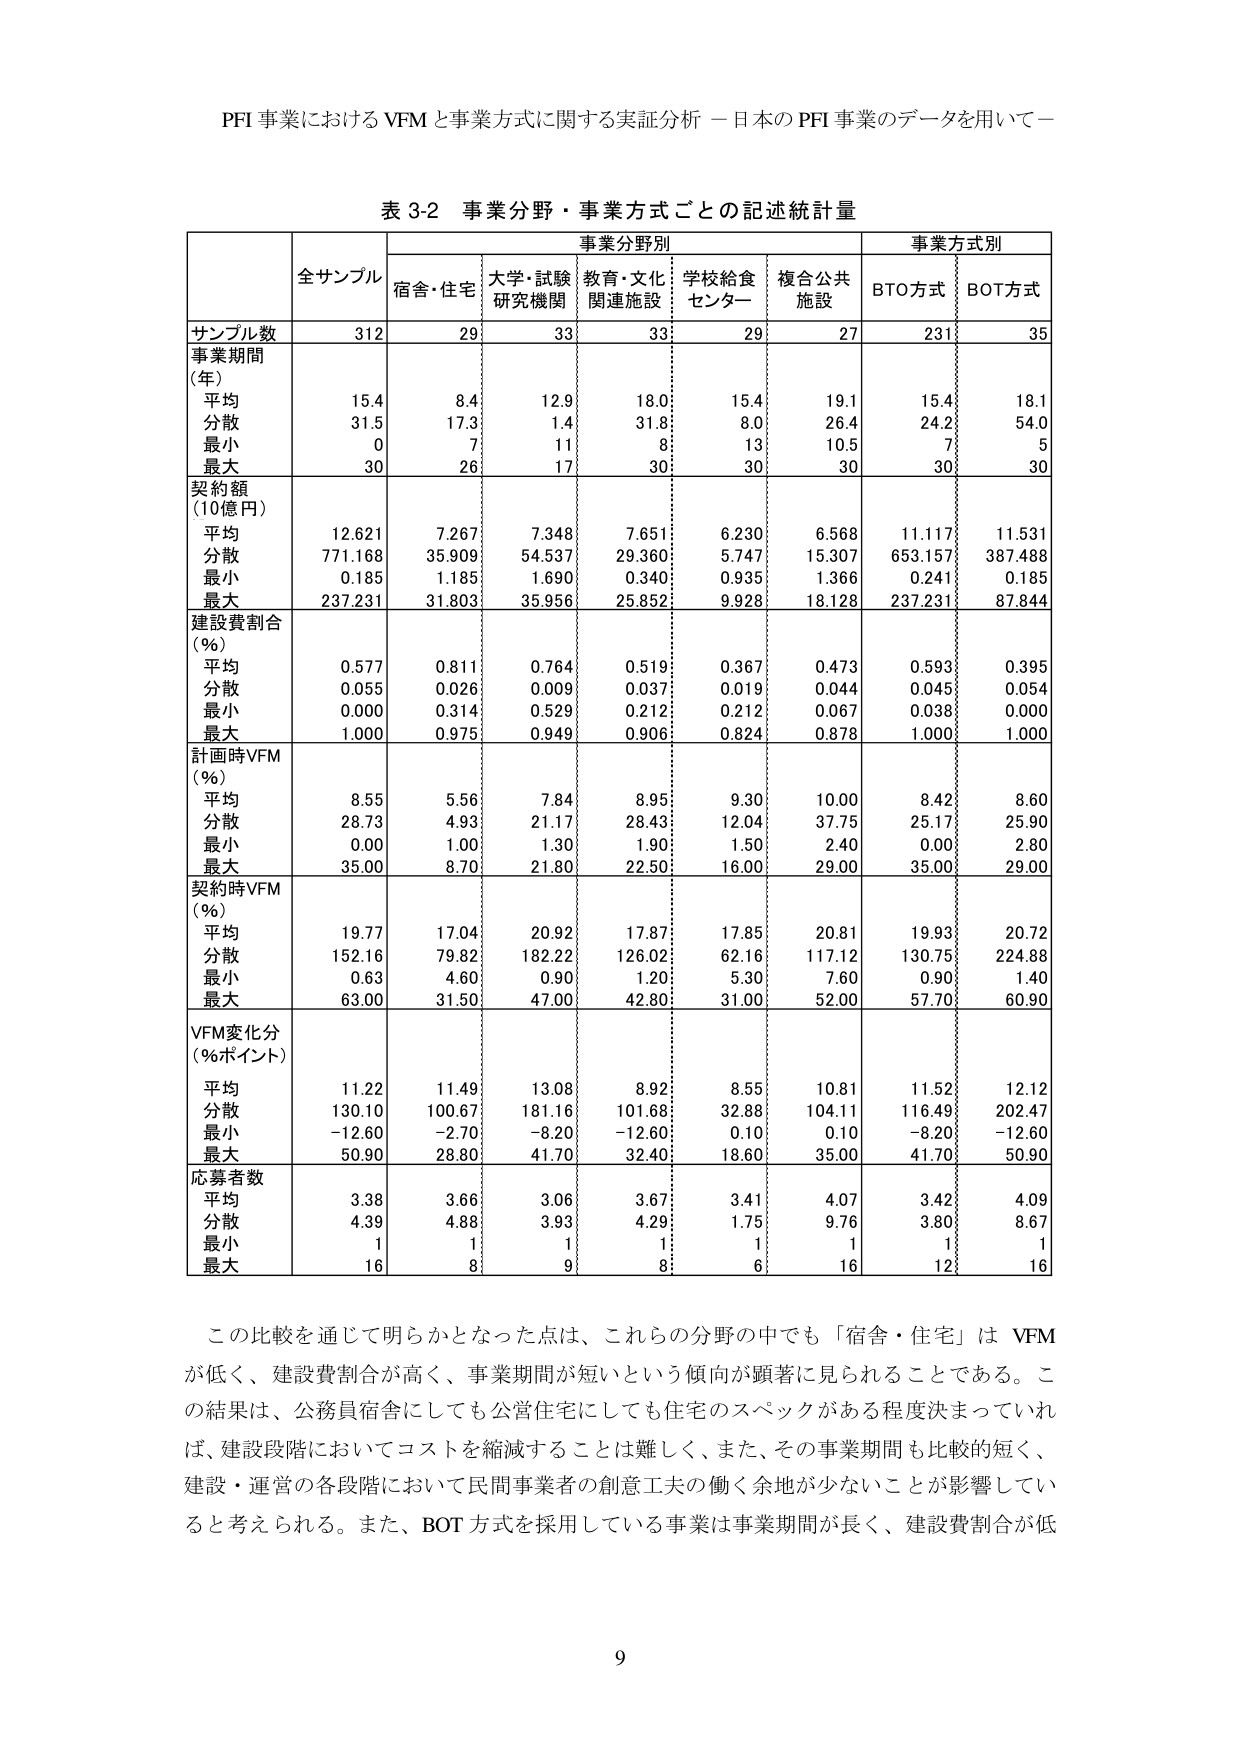
PFI 事業における VFM と事業方式に関する実証分析 －日本の PFI 事業のデータを用いて－

表 3-2 事業分野・事業方式ごとの記述統計量

| | 全サンプル | 事業分野別 | | | | | 事業方式別 | |
|---|---|---|---|---|---|---|---|---|---|
| | | 宿舎・住宅 | 大学・試験研究機関 | 教育・文化関連施設 | 学校給食センター | 複合公共施設 | BTO方式 | BOT方式 |
| サンプル数 | 312 | 29 | 33 | 33 | 29 | 27 | 231 | 35 |
| 事業期間 (年) | | | | | | | | |
| 平均 | 15.4 | 8.4 | 12.9 | 18.0 | 15.4 | 19.1 | 15.4 | 18.1 |
| 分散 | 31.5 | 17.3 | 1.4 | 31.8 | 8.0 | 26.4 | 24.2 | 54.0 |
| 最小 | 0 | 7 | 11 | 8 | 13 | 10.5 | 7 | 5 |
| 最大 | 30 | 26 | 17 | 30 | 30 | 30 | 30 | 30 |
| 契約額 (10億円) | | | | | | | | |
| 平均 | 12.621 | 7.267 | 7.348 | 7.651 | 6.230 | 6.568 | 11.117 | 11.531 |
| 分散 | 771.168 | 35.909 | 54.537 | 29.360 | 5.747 | 15.307 | 653.157 | 387.488 |
| 最小 | 0.185 | 1.185 | 1.690 | 0.340 | 0.935 | 1.366 | 0.241 | 0.185 |
| 最大 | 237.231 | 31.803 | 35.956 | 25.852 | 9.928 | 18.128 | 237.231 | 87.844 |
| 建設費割合 (%) | | | | | | | | |
| 平均 | 0.577 | 0.811 | 0.764 | 0.519 | 0.367 | 0.473 | 0.593 | 0.395 |
| 分散 | 0.055 | 0.026 | 0.009 | 0.037 | 0.019 | 0.044 | 0.045 | 0.054 |
| 最小 | 0.000 | 0.314 | 0.529 | 0.212 | 0.212 | 0.067 | 0.038 | 0.000 |
| 最大 | 1.000 | 0.975 | 0.949 | 0.906 | 0.824 | 0.878 | 1.000 | 1.000 |
| 計画時VFM (%) | | | | | | | | |
| 平均 | 8.55 | 5.56 | 7.84 | 8.95 | 9.30 | 10.00 | 8.42 | 8.60 |
| 分散 | 28.73 | 4.93 | 21.17 | 28.43 | 12.04 | 37.75 | 25.17 | 25.90 |
| 最小 | 0.00 | 1.00 | 1.30 | 1.90 | 1.50 | 2.40 | 0.00 | 2.80 |
| 最大 | 35.00 | 8.70 | 21.80 | 22.50 | 16.00 | 29.00 | 35.00 | 29.00 |
| 契約時VFM (%) | | | | | | | | |
| 平均 | 19.77 | 17.04 | 20.92 | 17.87 | 17.85 | 20.81 | 19.93 | 20.72 |
| 分散 | 152.16 | 79.82 | 182.22 | 126.02 | 62.16 | 117.12 | 130.75 | 224.88 |
| 最小 | 0.63 | 4.60 | 0.90 | 1.20 | 5.30 | 7.60 | 0.90 | 1.40 |
| 最大 | 63.00 | 31.50 | 47.00 | 42.80 | 31.00 | 52.00 | 57.70 | 60.90 |
| VFM変化分 (%ポイント) | | | | | | | | |
| 平均 | 11.22 | 11.49 | 13.08 | 8.92 | 8.55 | 10.81 | 11.52 | 12.12 |
| 分散 | 130.10 | 100.67 | 181.16 | 101.68 | 32.88 | 104.11 | 116.49 | 202.47 |
| 最小 | -12.60 | -2.70 | -8.20 | -12.60 | 0.10 | 0.10 | -8.20 | -12.60 |
| 最大 | 50.90 | 28.80 | 41.70 | 32.40 | 18.60 | 35.00 | 41.70 | 50.90 |
| 応募者数 | | | | | | | | |
| 平均 | 3.38 | 3.66 | 3.06 | 3.67 | 3.41 | 4.07 | 3.42 | 4.09 |
| 分散 | 4.39 | 4.88 | 3.93 | 4.29 | 1.75 | 9.76 | 3.80 | 8.67 |
| 最小 | 1 | 1 | 1 | 1 | 1 | 1 | 1 | 1 |
| 最大 | 16 | 8 | 9 | 8 | 6 | 16 | 12 | 16 |

この比較を通じて明らかとなった点は、これらの分野の中でも「宿舎・住宅」は VFM が低く、建設費割合が高く、事業期間が短いという傾向が顕著に見られることである。この結果は、公務員宿舎にしても公営住宅にしても住宅のスペックがある程度決まっていれば、建設段階においてコストを縮減することは難しく、また、その事業期間も比較的短く、建設・運営の各段階において民間事業者の創意工夫の働く余地が少ないことが影響していると考えられる。また、BOT 方式を採用している事業は事業期間が長く、建設費割合が低

9